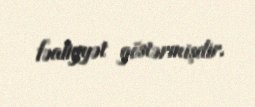
fəaliyyət göstərmişdir.